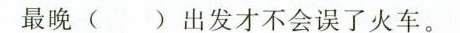
最晚( )出发才不会误了火车。